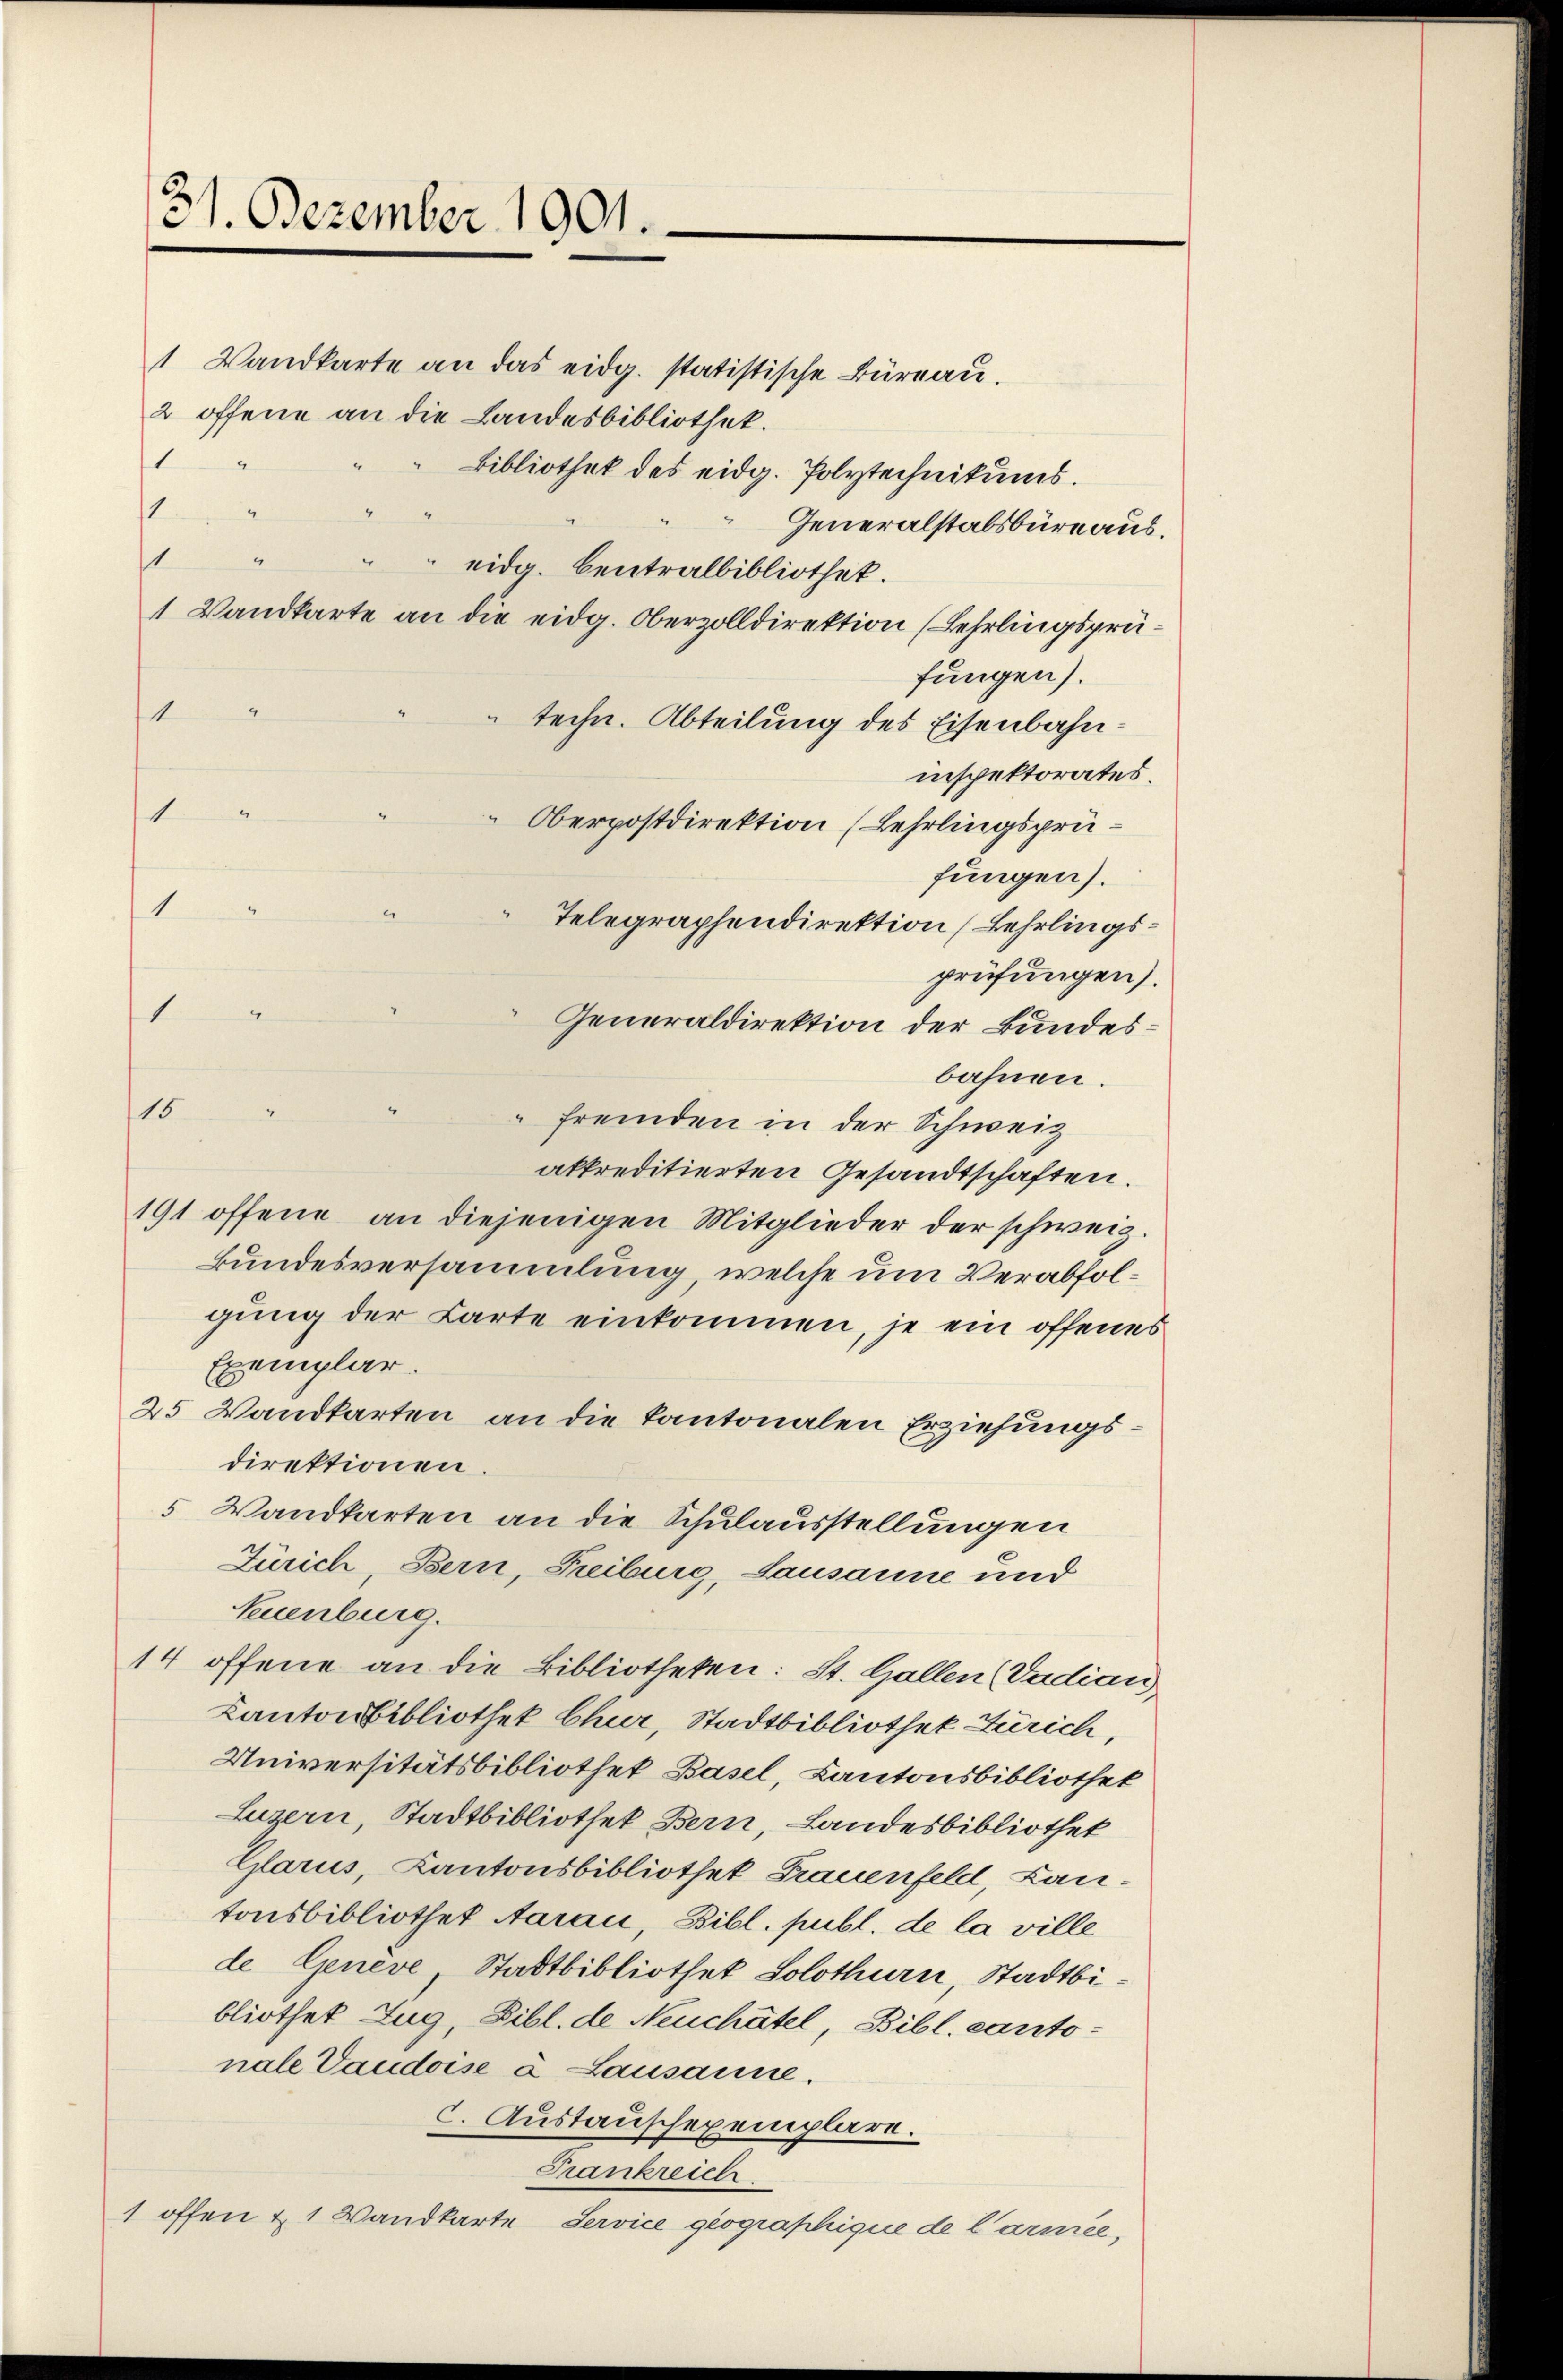
31. Dezember 1901.

1 Wandkarte an das eidg. statistische Büreau.
2 offene an die Landesbibliothek.
1
Bibliothek des eidg. Polytechnikums.
1
Generalstabsbüreaus.
t
eidg. Centralbibliothek.
1 Wandkarte an die eidg. Oberzolldirektion (Lehrlingsprüfungen).
1
techn. Abteilung des Eisenbahninspektorates.
1
Oberpostdirektion (Lehrlingsprüfungen).
1
Telegraphendirektion (Lehrlingsprüfungen).
1
Generaldirektion der Bundesbahnen.
d
15.
fremden in der Schweiz
akkreditierten Gesandtschaften.
191 offene an diejenigen Mitglieder der schweiz.
kundesversammlung, welche um Verabfolgung der Carte einkommen, je ein offenes
Exemplar.
25 Wandkarten an die Kantonalen Erziehungsdirektionen.
5 Wandkarten an die Schulausstellungen
Zürich, Bern, Freiburg, Lausanne und
Neuenburg.
14 offene an die Bibliotheken: St. Gallen (Vadian
Kantonsbibliothek Chur, Stadtbibliothek Zürich,
Universitätsbibliothek Basel, Kantonsbibliothek
Luzern, Stadtbibliothek Bern, Landesbibliothek
Glarus, Kantonsbibliothek Frauenfeld, Lantonsbibliothek Aarau, Bibl. publ. de la ville
de Genève Stadtbibliothek Solothurn, Stadtbibliothet Zug, Bibl. de Neuchâtel, Bibl. Cantonale Vaudoise à Lausanne.
c. Austauschexemplare.
Frankreich
1 offen & 1 Wandkarte Service geographique de Carmée,